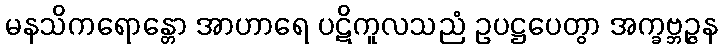
မနသိကရောန္တော အာဟာရေ ပဋိကူလသညံ ဥပဋ္ဌပေတွာ အက္ခဗ္ဘဉ္ဇန